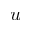
u